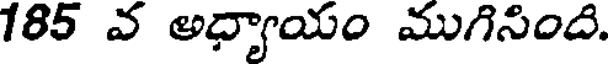
185 వ అధ్యాయం ముగిసింది.